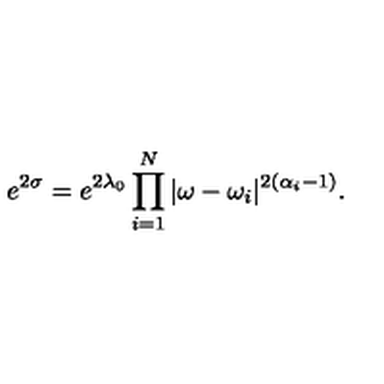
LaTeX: e ^ { 2 \sigma } = e ^ { 2 \lambda _ { 0 } } \prod _ { i = 1 } ^ { N } | \omega - \omega _ { i } | ^ { 2 ( \alpha _ { i } - 1 ) } .